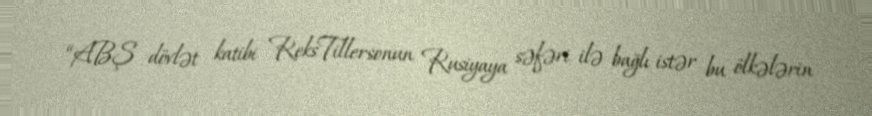
“ABŞ dövlət katibi ReksTillersonun Rusiyaya səfəri ilə bağlı istər bu ölkələrin